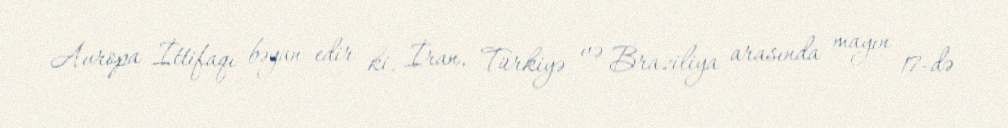
Avropa İttifaqı bəyan edir ki, İran, Türkiyə və Braziliya arasında mayın 17-də